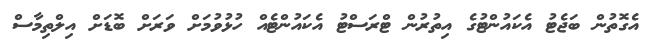
އެގޮތުން ބަޖެޓު އެކައުންޓުގެ އިތުރުން ޓްރަސްޓު އެކައުންޓެއް ހުޅުވުމަށް ވަރަށް ބޮޑަށް އިލްތިމާސް